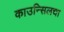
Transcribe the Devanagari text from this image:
काउन्सिलचा